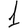
Digit: 1